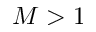
M > 1